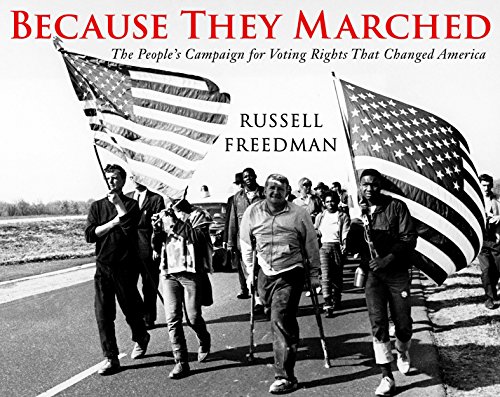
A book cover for Because They Marched: The People's Campaign for Voting Rights That Changed America; Russell Freedman; Teen & Young Adult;